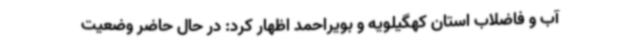
آب و فاضلاب استان کهگیلویه و بویراحمد اظهار کرد: در حال حاضر وضعیت